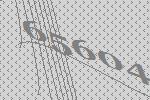
65604